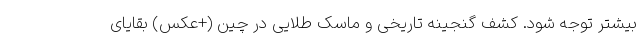
بیشتر توجه شود. کشف گنجینه تاریخی و ماسک طلایی در چین (+عکس) بقایای